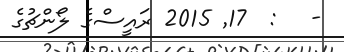
-   :  17